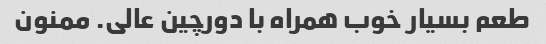
طعم بسیار خوب همراه با دورچین عالی. ممنون